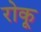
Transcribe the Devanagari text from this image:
रोकू